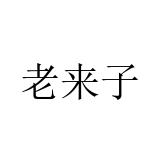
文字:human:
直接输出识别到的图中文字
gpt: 老来子